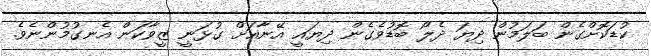
ކުޑަކޮށްގެން ބަލަމުން ދިޔަ ދެލޯ ބޮޑުވެގެން ދިޔައީ އޭނާއަށް ގުޅަނީ ޒީވާކަން އެނގުމުންނެވެ.